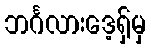
ဘင်္ဂလားဒေ့ရှ်မှ